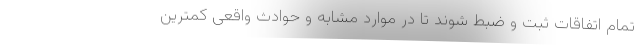
تمام اتفاقات ثبت و ضبط شوند تا در موارد مشابه و حوادث واقعی کمترین